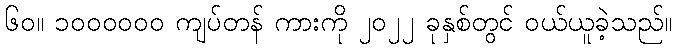
၆၀။ ၁၀၀၀၀၀၀ ကျပ်တန် ကားကို ၂၀၂၂ ခုနှစ်တွင် ဝယ်ယူခဲ့သည်။